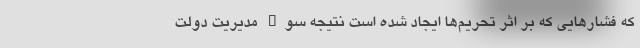
که فشار‌هایی که بر اثر تحریم‌ها ایجاد شده است نتیجه سوء مدیریت دولت